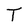
Character: T